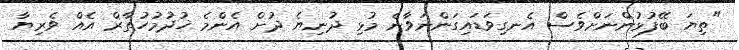
"ތިޔަ ބޭފުޅުންނަށްވެސް އެނގިވަޑައިގަންނަވާނެ މުޅި ދުނިޔެ ދުށް އެންމެ ޚުދުމުހުތާރް އެއް ވެރިޔާ